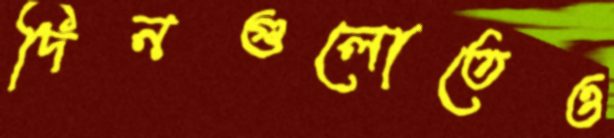
দিনগুলোতেও